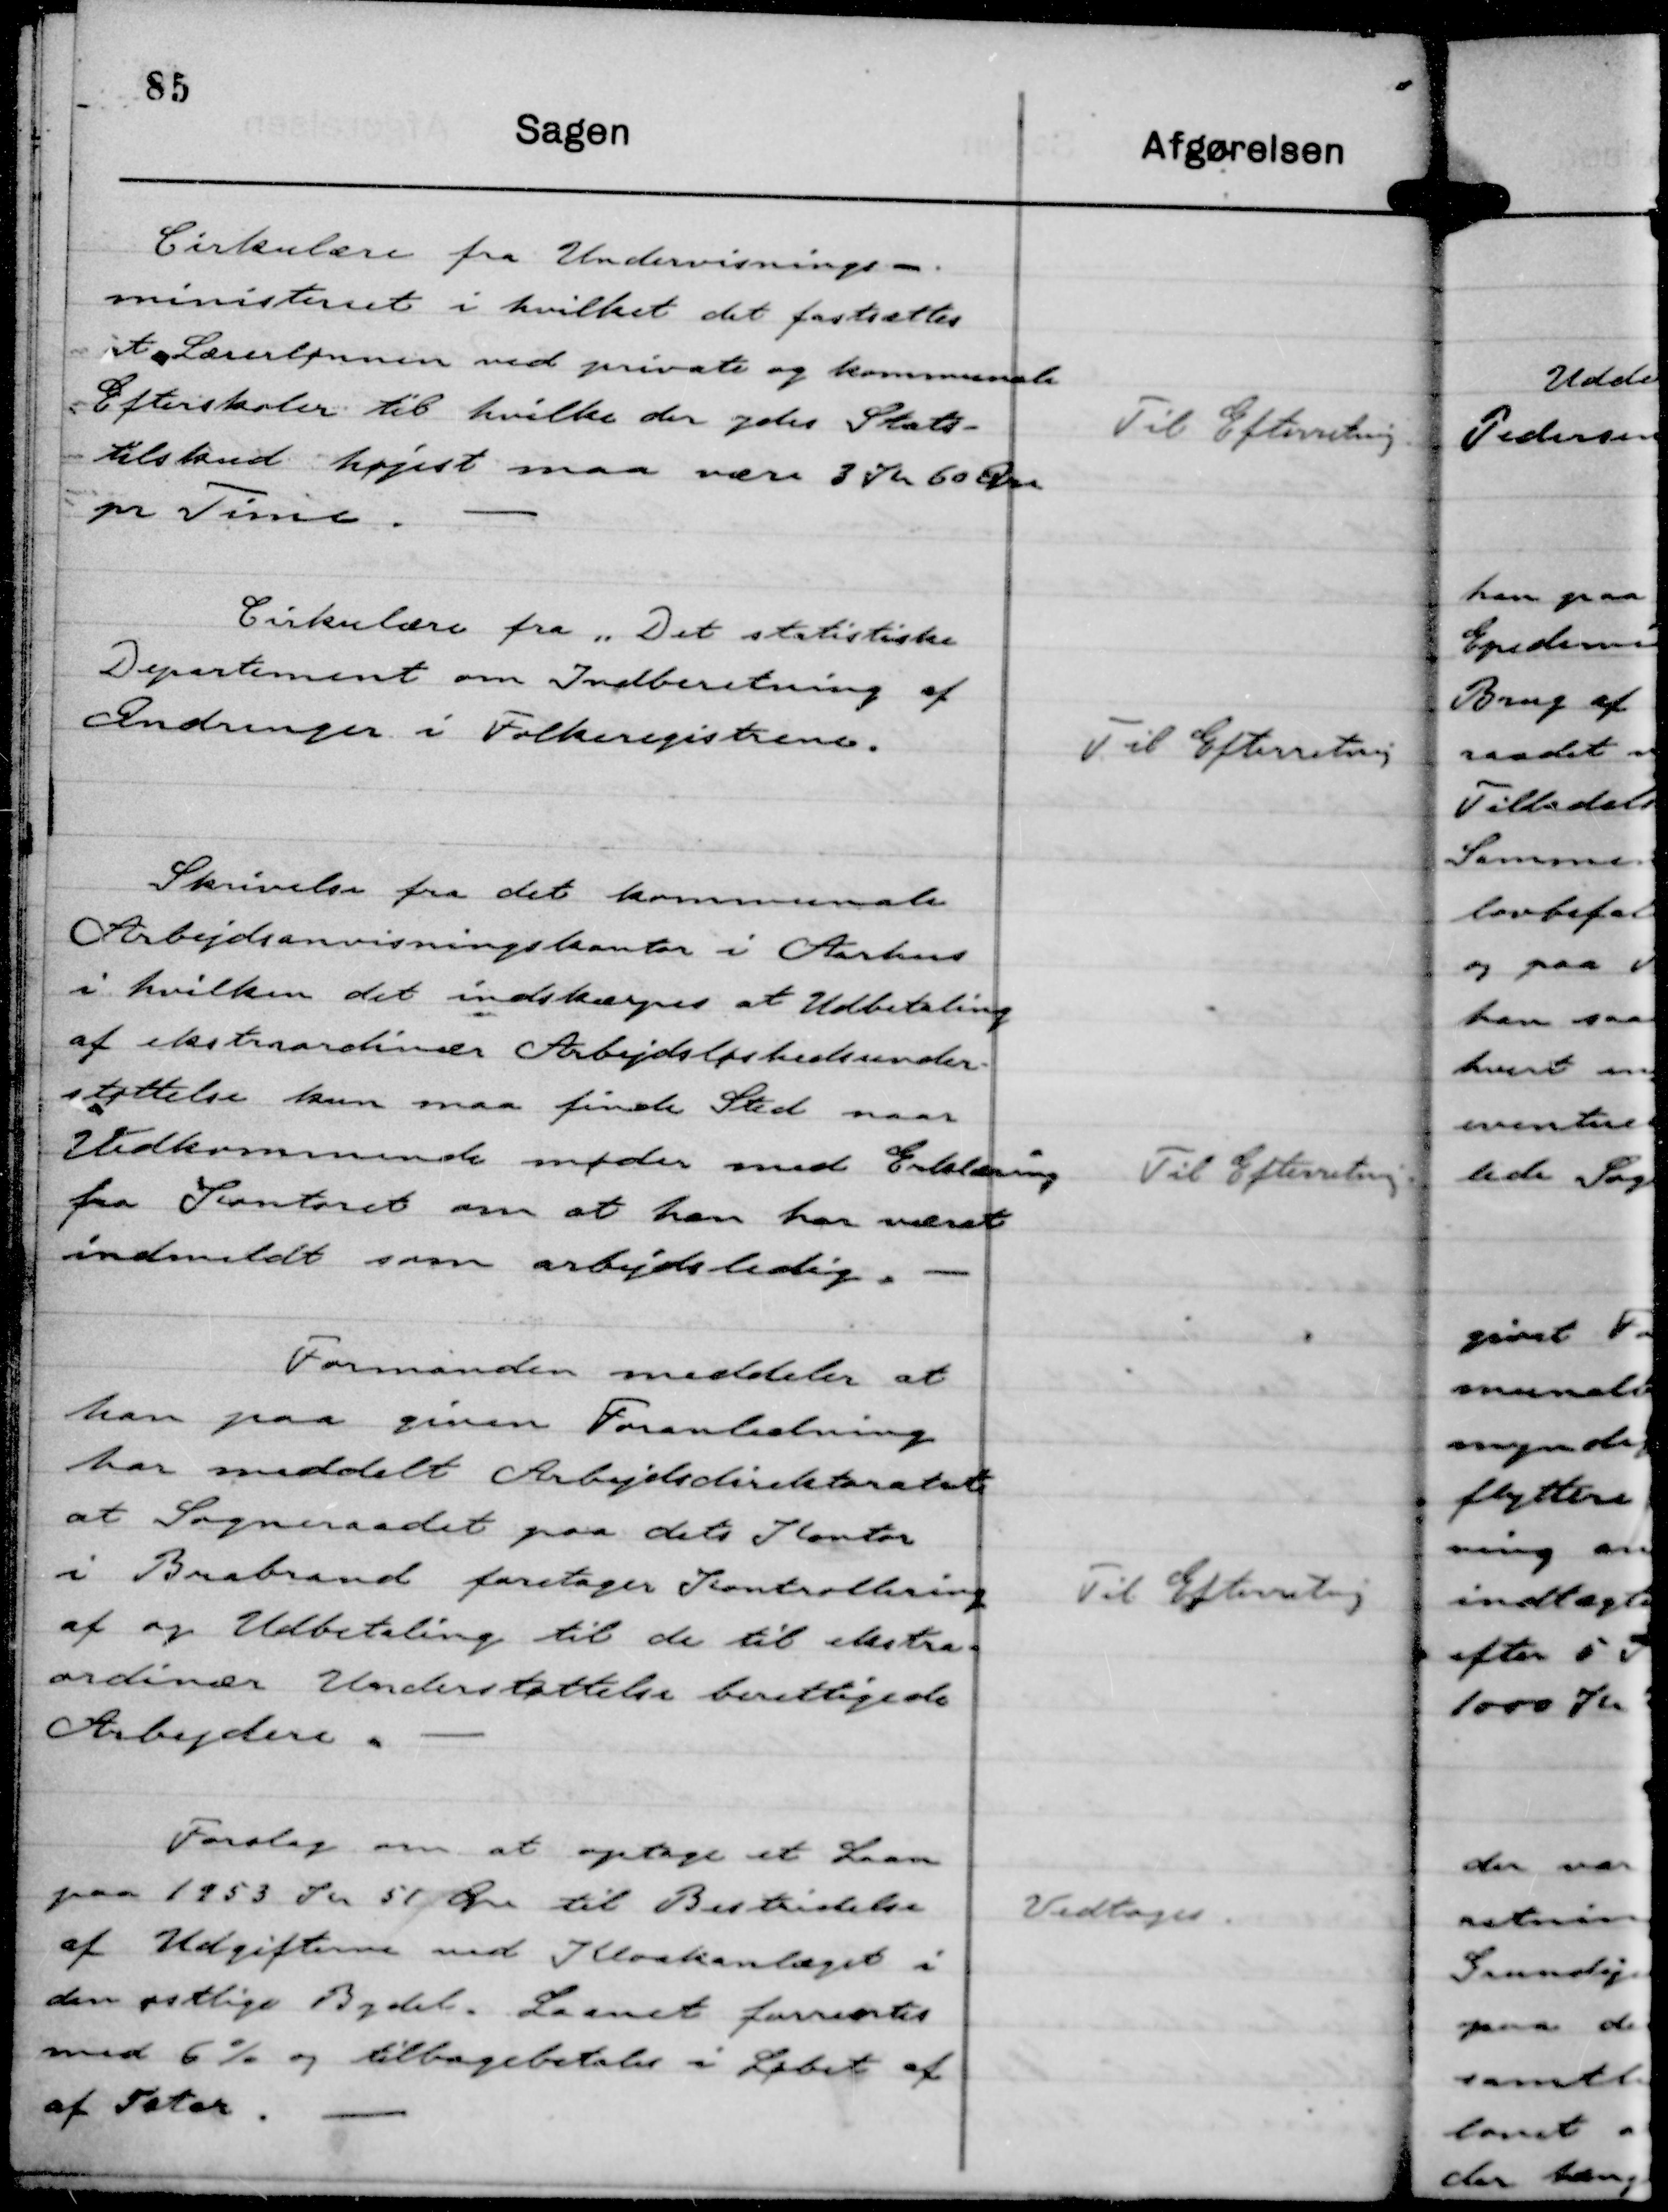
Transskription:
Cirkulære fra Undervisnings-
ministeriet i hvilket det fastsættes
at Lærerlønnen ved private og kommunale
Efterskoler til hvilke der ydes Stats-
tilskud højest maa være 3 Kr 60 Øre
pr Time.

Til Efterretning

Cirkulære fra " Det statistiske
Departement om Indberetning af
Ændringer i Folkeregistrene.

Til Efterretning

Skrivelse fra det kommunale
Arbejdsanvisningskontor i Aarhus
i hvilken det indskærpes at Udbetaling
af ekstraordinær Arbejdsløshedsunder-
støttelse kun maa finde Sted naar
Vedkommende møder med Erklæring
fra Kontoret om at han har været
indmeldt som arbejdsledig.

Til Efterretning.

Formanden meddeler at
han paa given Foranledning
har meddelt Arbejdsdirektoratet
at Sogneraadet paa dets Kontor
i Brabrand foretager Kontrollering
af og Udbetaling til de til ekstra-
ordinær Understøttelse berettigede
Arbejdere.

Til Efterretning

Forslag om at optage et Laan
paa 1953 Kr 51 Øre til Bestridelse
af Udgifterne ved Kloakanlæget i
den østlige Bydel. Laanet forrentes
med 6 % og tilbagebetales i Løbet af
af 5 Aar.

Vedtoges.